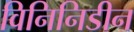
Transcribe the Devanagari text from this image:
विनिनिडीन